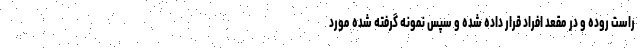
راست روده و در مقعد افراد قرار داده شده و سپس نمونه گرفته شده مورد